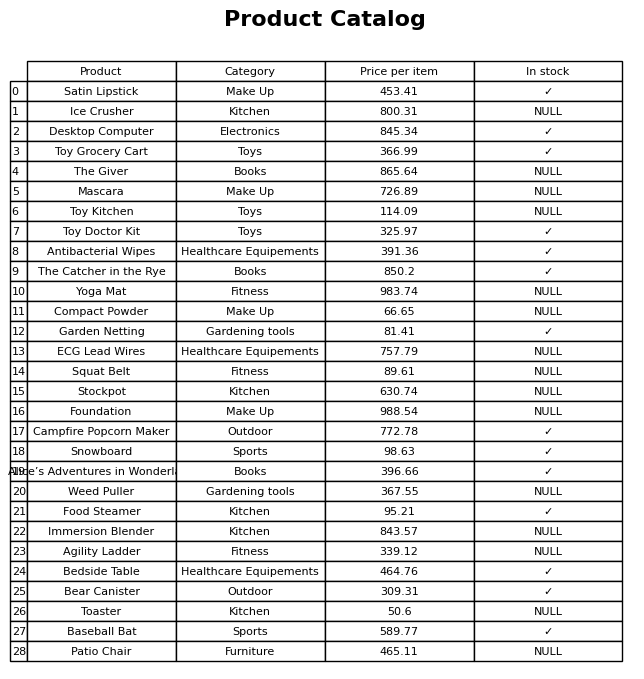
question: Which products are currently out of stock?
answer: Ice Crusher, The Giver, Mascara, Toy Kitchen, Yoga Mat, Compact Powder, ECG Lead Wires, Squat Belt, Stockpot, Foundation, Weed Puller, Immersion Blender, Agility Ladder, Toaster, Patio Chair